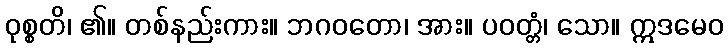
ဝုစ္စတိ၊ ၏။ တစ်နည်းကား။ ဘဂဝတော၊ အား။ ပဝတ္တံ၊ သော။ ဣဒမေဝ